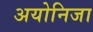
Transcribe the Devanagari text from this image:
अयोनिजा